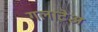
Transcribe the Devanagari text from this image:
गलाटेअ